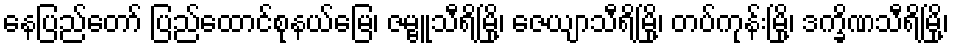
နေပြည်တော် ပြည်ထောင်စုနယ်မြေ၊ ဇမ္ဗူသီရိမြို့၊ ဇေယျာသီရိမြို့၊ တပ်ကုန်းမြို့၊ ဒက္ခိဏသီရိမြို့၊